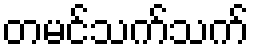
တမင်သက်သက်